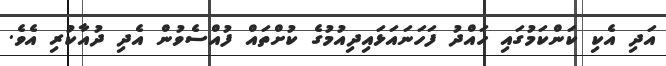
އަދި އެކި ކަންކަމުގައި ހައްދު ފަހަނައަޅައިދިއުމުގެ ކުށްތައް ފުއްސެވުން އެދި ދުއާކުރި އެވެ.